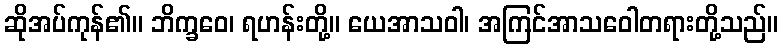
ဆိုအပ်ကုန်၏။ ဘိက္ခဝေ၊ ရဟန်းတို့။ ယေအာသဝါ၊ အကြင်အာသဝေါတရားတို့သည်။